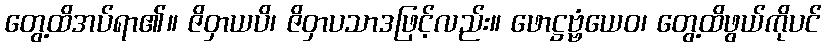
တွေ့ထိအပ်ရာ၏။ ဇိဝှာယပိ၊ ဇိဝှာပသာဒဖြင့်လည်း။ ဖောဋ္ဌဗ္ဗံယေဝ၊ တွေ့ထိဖွယ်ကိုပင်